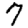
Digit: 7